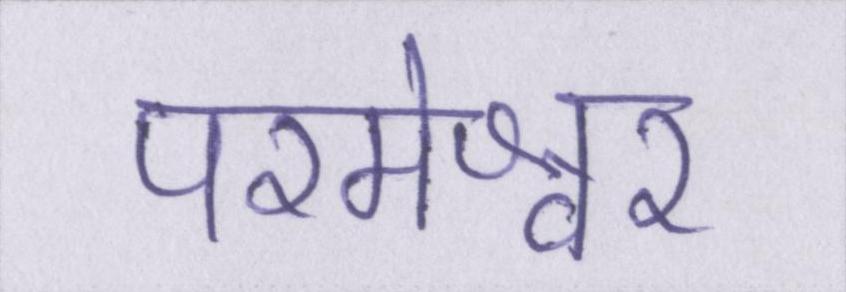
परमेश्वर